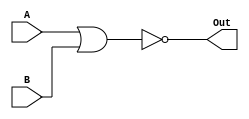
`timescale 1ns/1ns

module NOR2_32bit(A, B, Out);

input [31:0] A, B;
output [31:0] Out;

assign #15 Out = ~(A | B);

endmodule